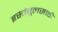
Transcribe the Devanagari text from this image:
इस्तंबूलसाठी